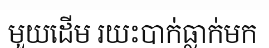
មួយដើម រយះបាក់ធ្លាក់មក